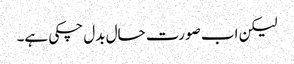
لیکن اب صورت حال بدل چکی ہے۔